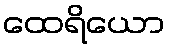
ထေရိယော